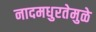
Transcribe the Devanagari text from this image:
नादमधुरतेमुळे